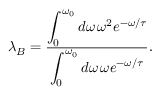
\lambda _ { B } = \frac { \displaystyle \int _ { 0 } ^ { \omega _ { 0 } } d \omega \, \omega ^ { 2 } e ^ { - \omega / \tau } } { \displaystyle \int _ { 0 } ^ { \omega _ { 0 } } d \omega \, \omega e ^ { - \omega / \tau } } .